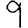
Digit: 9